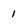
Character: 1